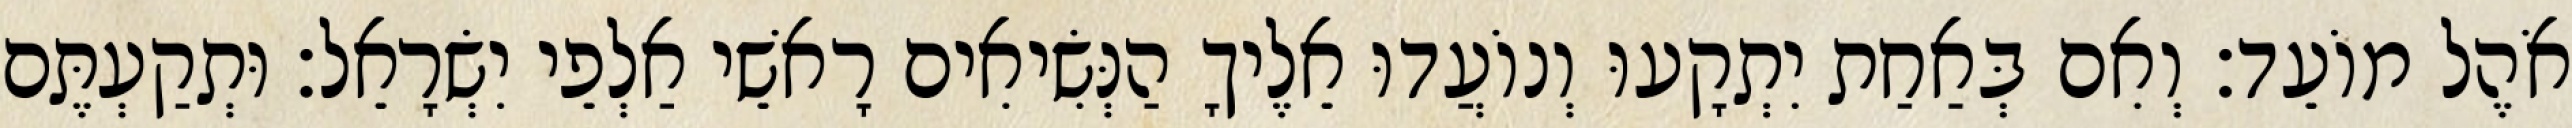
אֹהֶל מוֹעֵד׃ וְאִם בְּאַחַת יִתְקָעוּ וְנוֹעֲדוּ אֵלֶיךָ הַנְּשִׂיאִים רָאשֵׁי אַלְפֵי יִשְׂרָאֵל׃ וּתְקַעְתֶּם